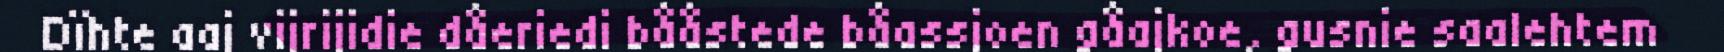
Dïhte aaj vijrijidie dåeriedi bååstede båassjoen gåajkoe, gusnie saalehtem